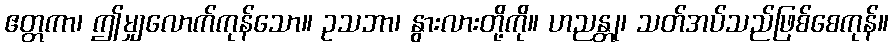
ဧတ္တကာ၊ ဤမျှလောက်ကုန်သော။ ဥသဘာ၊ နွားလားတို့ကို။ ဟညန္တု၊ သတ်အပ်သည်ဖြစ်စေကုန်။